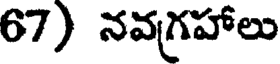
67) నవగ్రహాలు